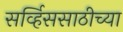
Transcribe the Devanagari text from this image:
सर्व्हिससाठीच्या